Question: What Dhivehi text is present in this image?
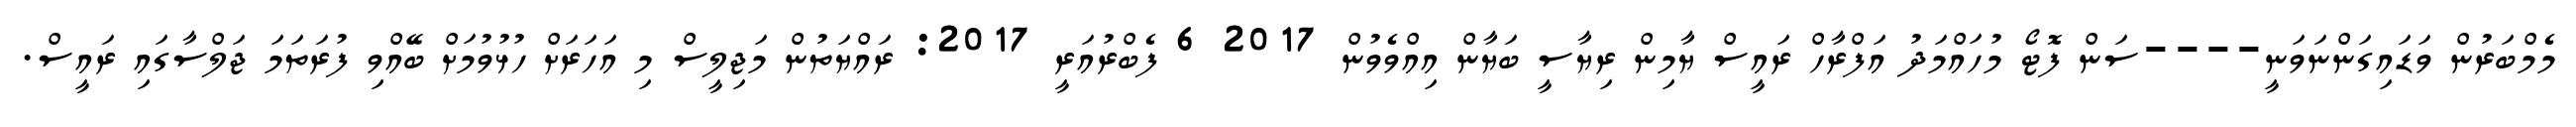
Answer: މެމްބަރުން ވަޑައިގަންނަވަނީ----ސަން ފޮޓޯ މުހައްމަދު އަފްރާހް ރައީސް ޔާމިން ރިޔާސީ ބަޔާން އިއްވެވުން 2017 6 ފެބްރުއަރީ 2017: ރައްޔަތުން މަޖިލީސް މި އަހަރަށް ހުޅުވުމަށް ބޭއްވި ފުރަތަމަ ޖަލްސާގައި ރައީސް.